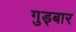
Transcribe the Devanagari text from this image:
गुड्बार